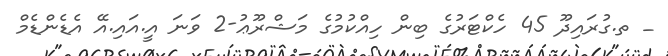
_ ތ.ގުރައިދޫ 45 ހެކްޓަރުގެ ބިން ހިއްކުމުގެ މަޝްރޫޢު-2 ވަނަ އީ.އައި.އޭ އެޑެންޑެމް